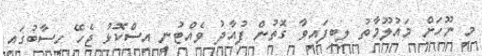
މި ނޫހަށް މައުލޫމާތު ލިބިފައިވާ ގޮތުން ފުއާދު ވެއްޓުނީ އިސްކޮޅު ޖެހޭ ހިސާބުގައި